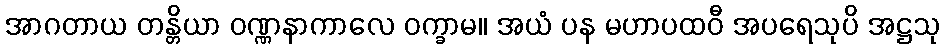
အာဂတာယ တန္တိယာ ဝဏ္ဏနာကာလေ ဝက္ခာမ။ အယံ ပန မဟာပထဝီ အပရေသုပိ အဋ္ဌသု